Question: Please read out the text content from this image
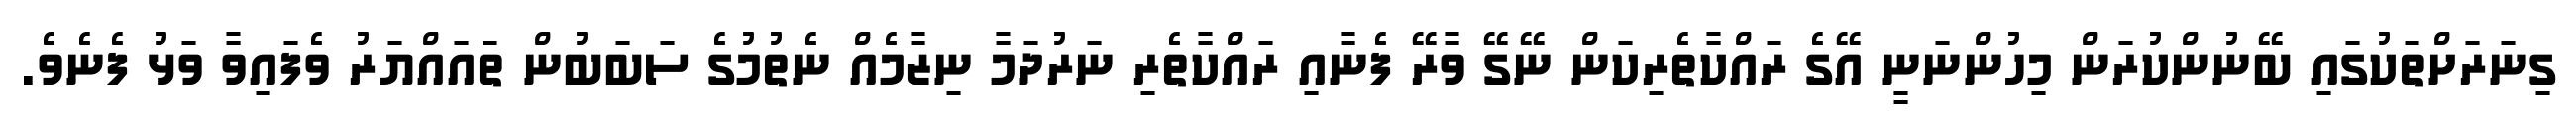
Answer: ގިނަރަށްތަކުގައި ބޭނުންކުރަން މިހުންނަނީ އޭގެ ރައްކާތެރިކަން ނޭގޭ ވާރޭ ފެނާއި ރައްކާތެރި ނަރުދަމާ ނިޒާމެއް ނެތުމުގެ ސަބަބުން ތައައްޔަރު ވެފައިވާ ވަޅު ފެނެވެ.